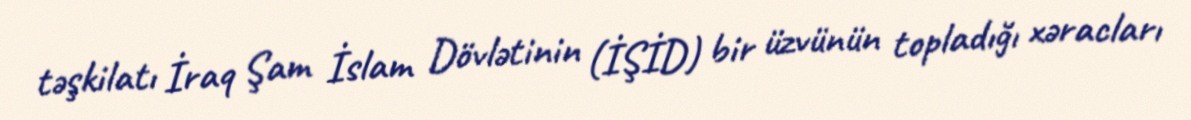
təşkilatı İraq Şam İslam Dövlətinin (İŞİD) bir üzvünün topladığı xəracları